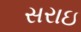
સરાઇ